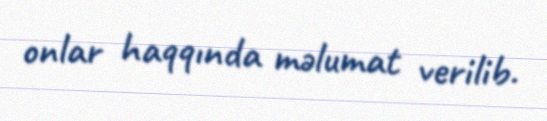
onlar haqqında məlumat verilib.